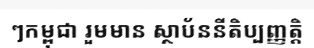
ៗកម្ពុជា រួមមាន ស្ថាប័ននីតិប្បញ្ញត្តិ